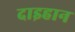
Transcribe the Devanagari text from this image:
दाइहान